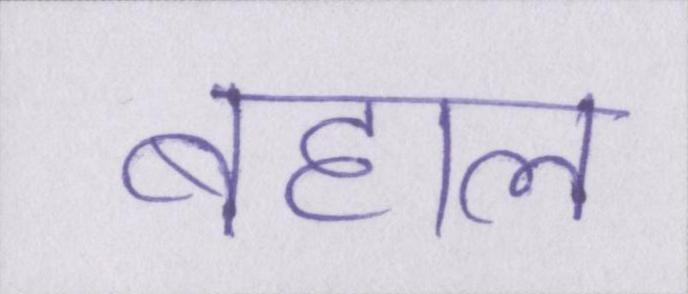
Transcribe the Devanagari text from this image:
बहाल